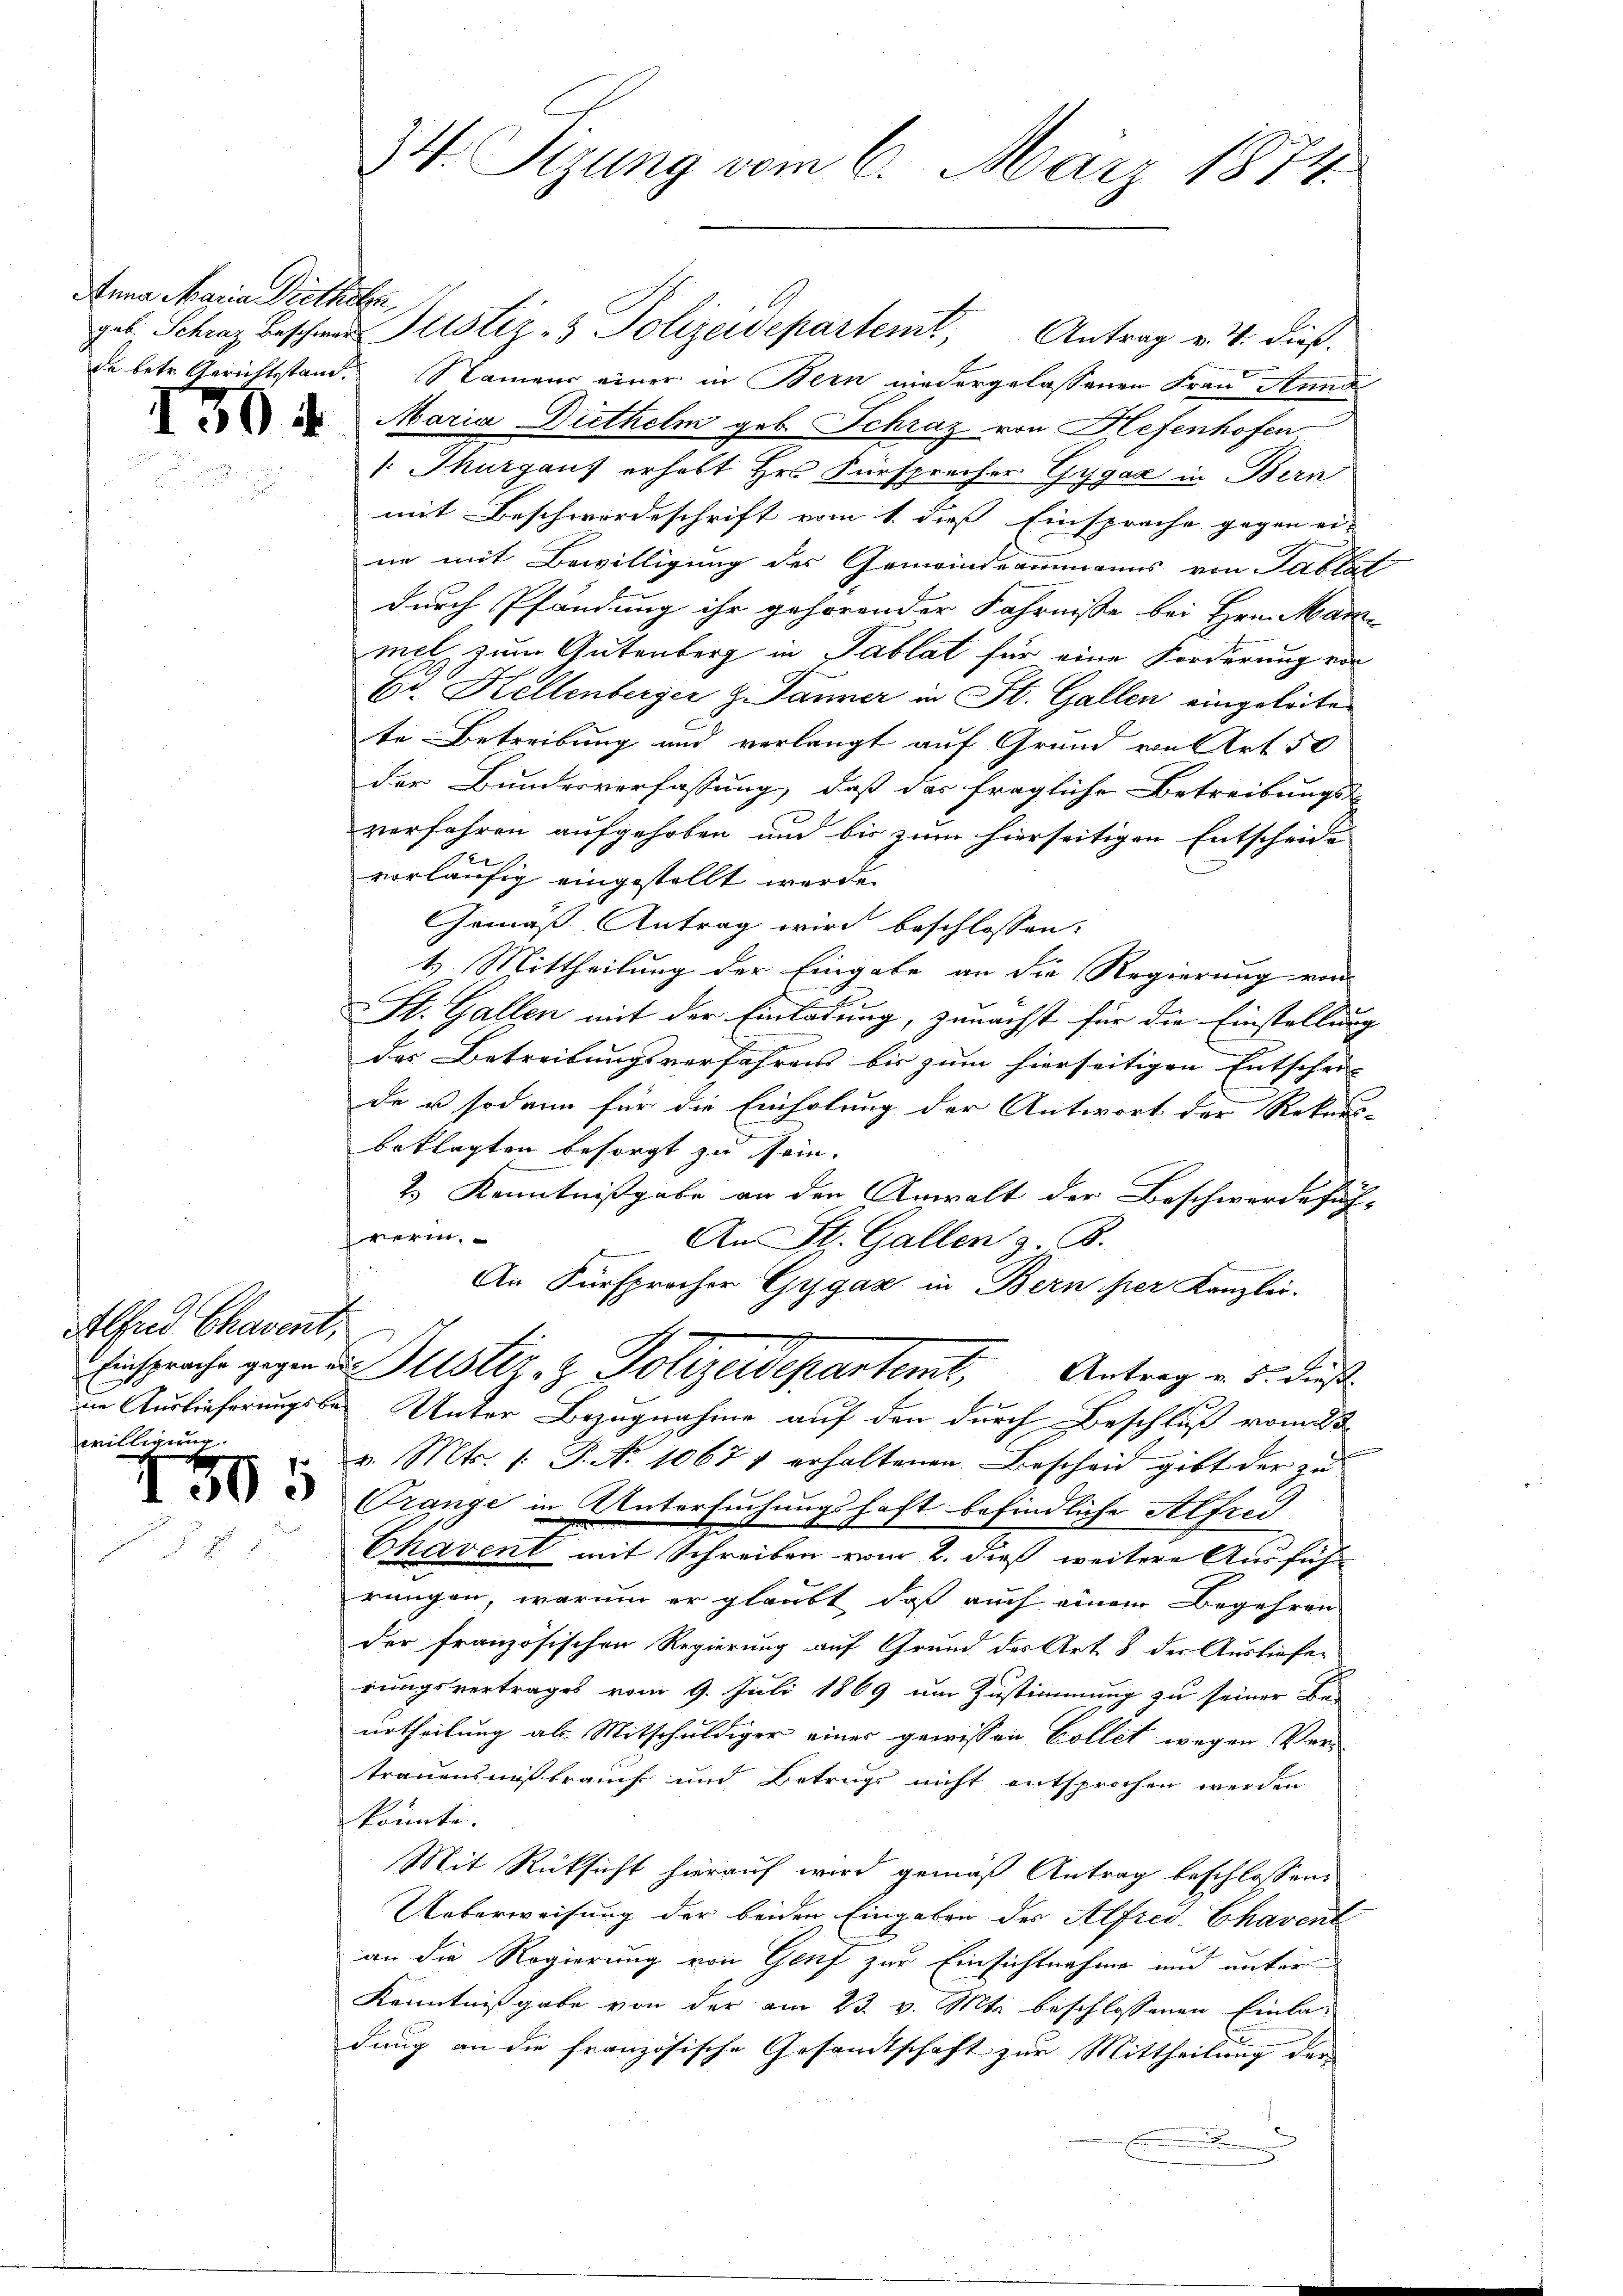
Anna Maria Dietheten,

.

130

Alfred Chavent,
willigung.

5

de betr. Gerichtsstand. Namens einer in Bern niedergelassenen Frau Anna
Maria Diethelm geb. Schraz von Hefenhofen
 Thurgaus erhalt Hr. Fürsprecher Gygar in Bern
mit Beschwordeschrift vom 1. dieß Einsprache gegen ei-
ne mit Bewilligung des Gemeindeammanns von Tabl
durch Pfändung ihr gehörender Fahrnisse bei Hrn. Markmel, zum Gutenberg in Tablat für eine Forderung von
Ed. Kellenberger z. Jänner in St. Gallen eingeleitete Betreibung und verlangt auf Grund von Art. 50
der Bunderverfassung, daß das fragliche Betreibungs-
verfahren aufgehoben und bis zum hierseitigen Entscheide
vorläufig eingestellt werde.
Gemäß Antrag wird beschlossen:
1) Mittheilung der Eingabe an die Regierung vor
St. Gallen mit der Einladung, zunächst für die Einstellung
das Betreitungsverfahren bis zum hierseitigen Entschei- |
de es sodann für die Einholung der Antwort der Rekurs-
beklagten besorgt zu sein.
2.) Kenntnißgabe an den Anwalt der Beschwerdefüh-
verin
An St. Gallen z. B.
An Fürsprocher Gygaz in Bern her Kanzlei-
.
Einsprache gegen u. Mustiz- & Polizeidepartem Antrag v. 5. dieß
in Auslieferungsbe Unter Bezugnahme auf den durch Beschluß vom 23
v. Mts. 1. J. No 1067 1 erhaltenen Bescheid gibt der zu
range in Untersuchungshaft befindliche Alfred
Chavent mit Schreiben vom 2. dieß weitere Ausführungen, warum er glaubt, daß auch einem Begehren
der französischen Regierung auf Grund des Art. 8 der Ausliefer
rungsvertrages vom 9. Juli 1869 um Zustimmung zu seiner Be-
urtheilung als Mitschuldiger eines gewissen Collet wegen Ver-
trauensmissbrauch und Betrugs nicht entsprochen werden
könnte.
Mit Rücksicht hierauf wird gemäß Antrag beschlossen:
Ueberweisung der beiden Eingaben des Alfred Chavent
an die Regierung von Genf zur Einsichtnahme und unter
Kenntnißgabe von der am 23. v. Mts. beschlossenen Einladung an die französische Gesamtschaft zur Mittheilung der

34. Sizung vom 6. März 1874.

gab, Schraz beschwer Justiz- & Polizeidepartem Antrag v. 4. dieß.

n